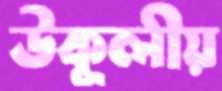
উকূলীয়